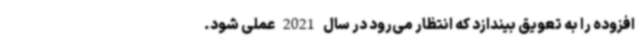
افزوده را به تعویق بیندازد که انتظار می‌رود در سال 2021 عملی شود.